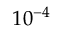
1 0 ^ { - 4 }